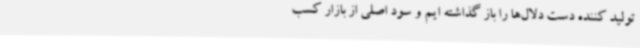
تولید کننده دست دلال‌ها را باز گذاشته ایم و سود اصلی از بازار کسب